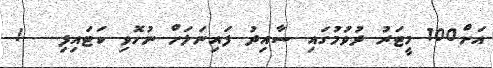
އަށް100 މީޓަރު ދުވުމުގައި ސާއިދު ފައިނަލަށް ނުހޮވި ކަޓައިފި   !